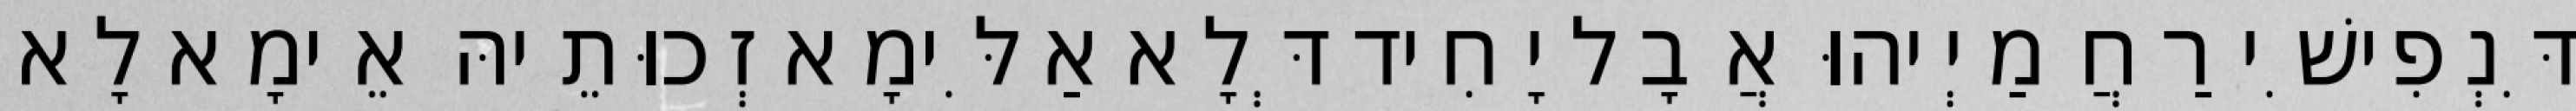
דִּנְפִישִׁי רַחֲמַיְיהוּ אֲבָל יָחִיד דְּלָא אַלִּימָא זְכוּתֵיהּ אֵימָא לָא